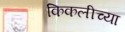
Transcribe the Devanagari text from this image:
किकलीच्या